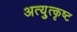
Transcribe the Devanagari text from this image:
अत्युुत्कृष्ट